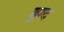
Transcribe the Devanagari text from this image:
बुग्द